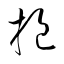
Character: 挹